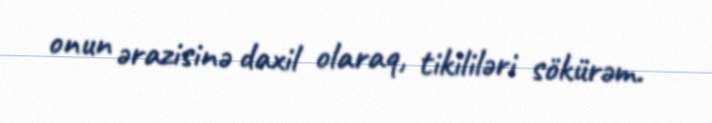
onun ərazisinə daxil olaraq, tikililəri sökürəm.